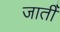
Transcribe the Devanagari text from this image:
जातीँ